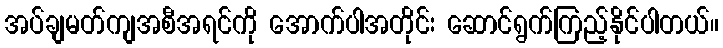
အပ်ချမတ်ကျအစီအရင်ကို အောက်ပါအတိုင်း ဆောင်ရွက်ကြည့်နိုင်ပါတယ်။